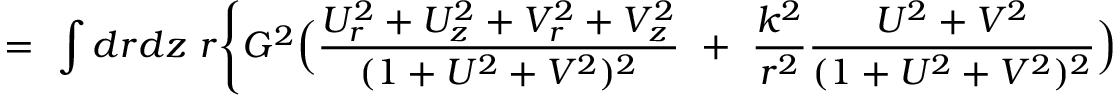
= \ \int d r d z \ r \Biggl \{ G ^ { 2 } \Bigl ( { \frac { U _ { r } ^ { 2 } + U _ { z } ^ { 2 } + V _ { r } ^ { 2 } + V _ { z } ^ { 2 } } { ( 1 + U ^ { 2 } + V ^ { 2 } ) ^ { 2 } } } \ + \ \frac { k ^ { 2 } } { r ^ { 2 } } { \frac { U ^ { 2 } + V ^ { 2 } } { ( 1 + U ^ { 2 } + V ^ { 2 } ) ^ { 2 } } } \Bigr )